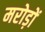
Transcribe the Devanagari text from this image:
मरोड़ों